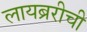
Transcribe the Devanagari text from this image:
लायब्ररीची